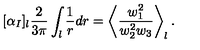
[ \alpha _ { I } ] _ { l } \frac { 2 } { 3 \pi } \int _ { l } \frac { 1 } { r } d r = \left< \frac { w _ { 1 } ^ { 2 } } { w _ { 2 } ^ { 2 } w _ { 3 } } \right> _ { l } .